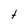
Character: t